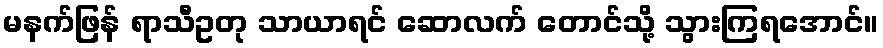
မနက်ဖြန် ရာသီဥတု သာယာရင် ဆောလက် တောင်သို့ သွားကြရအောင်။